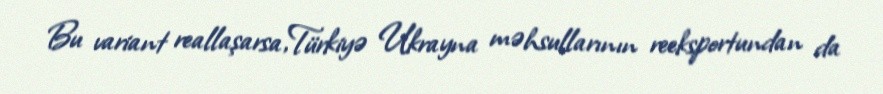
Bu variant reallaşarsa,Türkiyə Ukrayna məhsullarının reeksportundan da